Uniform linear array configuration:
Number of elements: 32
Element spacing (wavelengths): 0.75
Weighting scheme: cosine
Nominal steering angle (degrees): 30
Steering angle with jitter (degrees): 28.138
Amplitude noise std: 0.05
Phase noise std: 0.05

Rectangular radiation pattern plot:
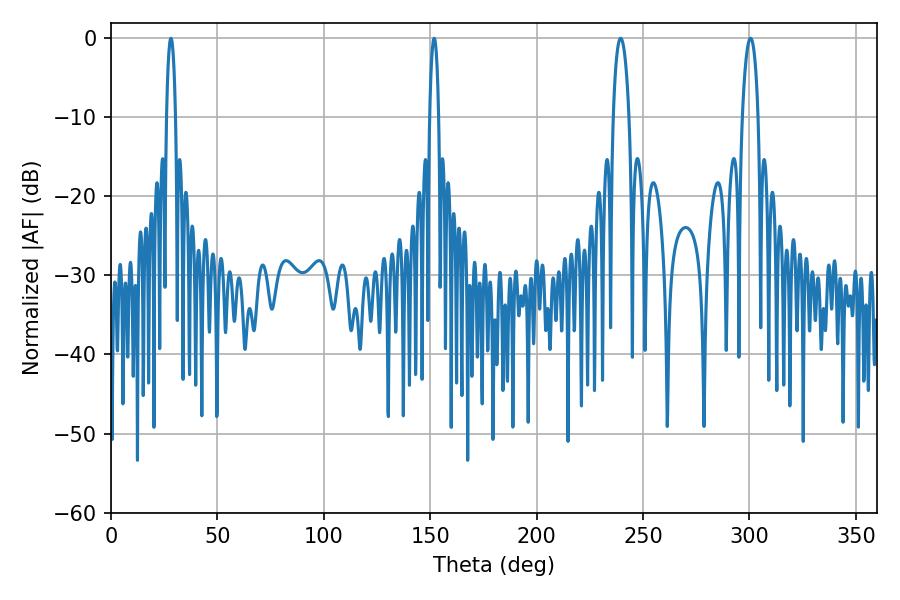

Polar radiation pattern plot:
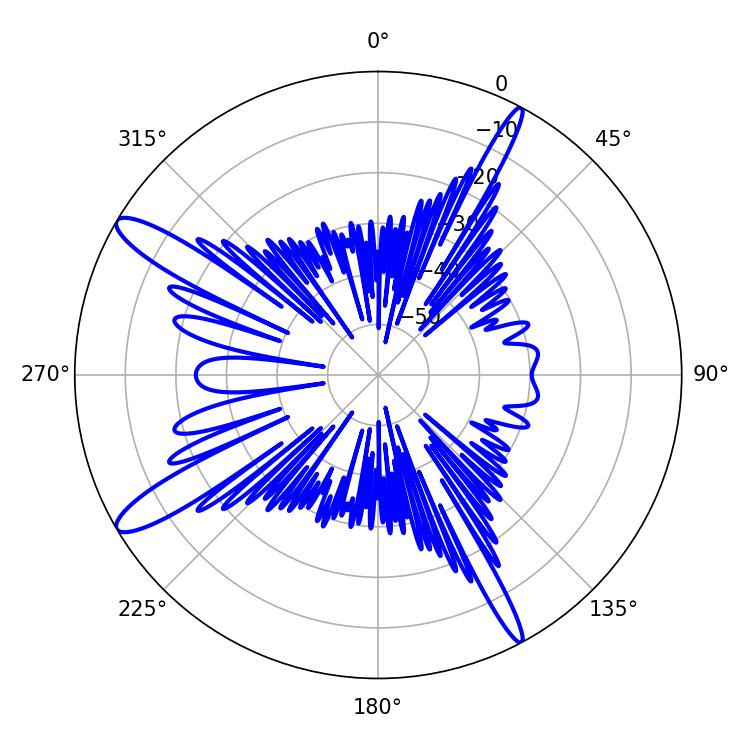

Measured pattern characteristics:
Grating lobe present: TRUE
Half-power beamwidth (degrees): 4.14
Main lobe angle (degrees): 239.4